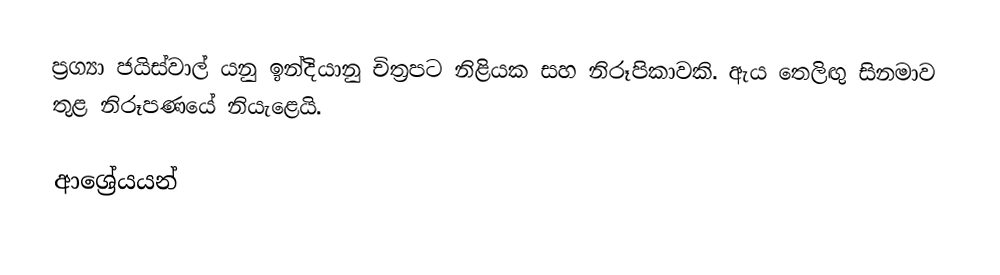
ප්‍රග්‍යා ජයිස්වාල් යනු ඉන්දියානු චිත්‍රපට නිළියක සහ නිරූපිකාවකි. ඇය තෙලිඟු සිනමාව තුළ නිරූපණයේ නියැළෙයි.

ආශ්‍රේයයන්